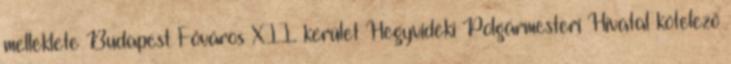
melléklete Budapest Főváros XII. kerület Hegyvidéki Polgármesteri Hivatal kötelező